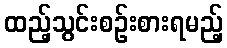
ထည့်သွင်းစဉ်းစားရမည့်